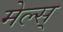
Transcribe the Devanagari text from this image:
मेल्स्